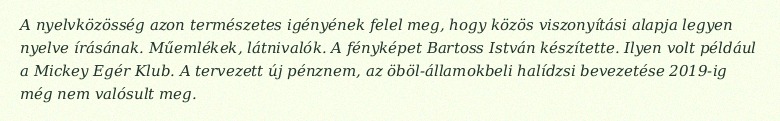
A nyelvközösség azon természetes igényének felel meg, hogy közös viszonyítási alapja legyen nyelve írásának. Műemlékek, látnivalók. A fényképet Bartoss István készítette. Ilyen volt például a Mickey Egér Klub. A tervezett új pénznem, az öböl-államokbeli halídzsi bevezetése 2019-ig még nem valósult meg.